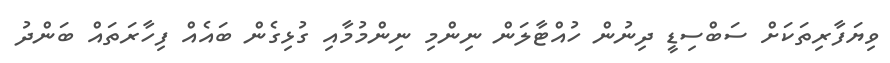
ވިޔަފާރިތަކަށް ސަބްސިޑީ ދިނުން ހުއްޓާލަން ނިންމި ނިންމުމާއި ގުޅިގެން ބައެއް ފިހާރަތައް ބަންދު